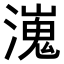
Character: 𤀖